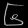
Digit: ၆